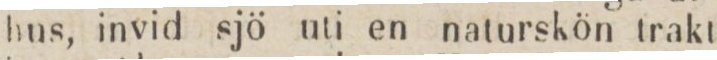
hus, invid sjö uti en naturskön trakt